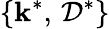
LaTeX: \{ \mathbf{k}^{*},\, \mathcal{{D}}^{*}\}